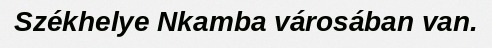
Székhelye Nkamba városában van.